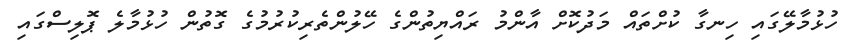
ހުޅުމާލޭގައި ހިނގާ ކުށްތައް މަދުކޮށް އާންމު ރައްޔިތުންގެ ހޭލުންތެރިކުރުމުގެ ގޮތުން ހުޅުމާލެ ޕޮޮލިސްގައި